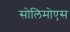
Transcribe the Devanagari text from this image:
सोलिमोएस